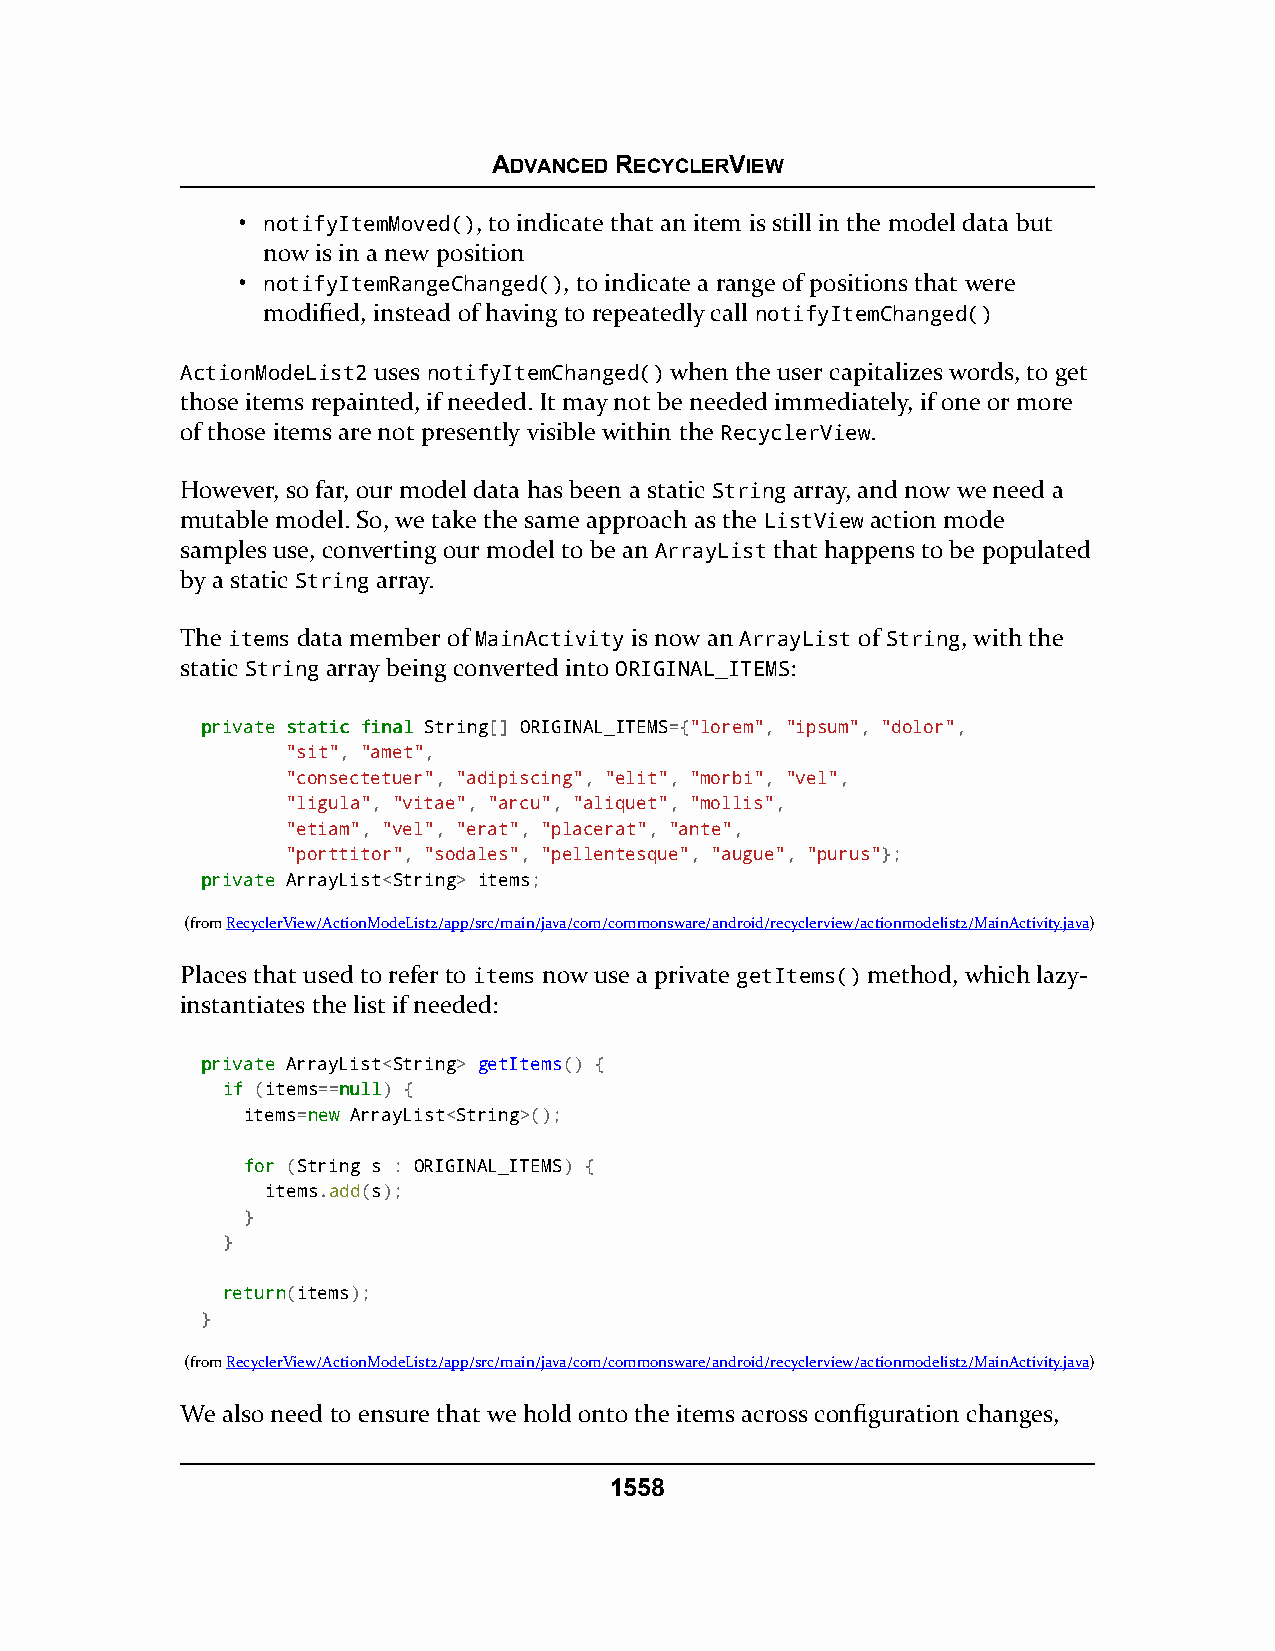
ADVANCED RECYCLERVIEW
 • notifyItemMoved(), to indicate that an item is still in the model data but
 now is in a new position
 • notifyItemRangeChanged(), to indicate a range of positions that were
 modified, instead of having to repeatedly call notifyItemChanged()
 ActionModeList2 uses notifyItemChanged() when the user capitalizes words, to get
 those items repainted, if needed. It may not be needed immediately, if one or more
 of those items are not presently visible within the RecyclerView.
 However, so far, our model data has been a static String array, and now we need a
 mutable model. So, we take the same approach as the ListView action mode
 samples use, converting our model to be an ArrayList that happens to be populated
 by a static String array.
 The items data member of MainActivity is now an ArrayList of String, with the
 static String array being converted into ORIGINAL_ITEMS:
 pprriivvaattee ssttaattiicc ffiinnaall String[] ORIGINAL_ITEMS={"lorem", "ipsum", "dolor",
 "sit", "amet",
 "consectetuer", "adipiscing", "elit", "morbi", "vel",
 "ligula", "vitae", "arcu", "aliquet", "mollis",
 "etiam", "vel", "erat", "placerat", "ante",
 "porttitor", "sodales", "pellentesque", "augue", "purus"};
 pprriivvaattee ArrayList<String> items;
 (fromRecyclerView/ActionModeList2/app/src/main/java/com/commonsware/android/recyclerview/actionmodelist2/MainActivity.java)
 Places that used to refer to items now use a private getItems() method, which lazy-
 instantiates the list if needed:
 pprriivvaattee ArrayList<String> getItems() {
 iiff (items==nnuullll) {
 items=nneeww ArrayList<String>();
 ffoorr (String s : ORIGINAL_ITEMS) {
 items.add(s);
 }
 }
 rreettuurrnn(items);
 }
 (fromRecyclerView/ActionModeList2/app/src/main/java/com/commonsware/android/recyclerview/actionmodelist2/MainActivity.java)
 We also need to ensure that we hold onto the items across configuration changes,
 1558